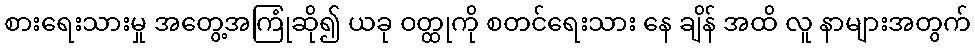
စားရေးသားမှု အတွေ့အကြုံဆို၍ ယခု ဝတ္ထုကို စတင်ရေးသား နေ ချိန် အထိ လူ နာများအတွက်